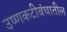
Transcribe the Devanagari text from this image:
उष्णकटीबंधातील